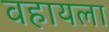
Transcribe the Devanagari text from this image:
वहायला